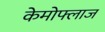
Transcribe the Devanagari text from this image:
केमोफ्लाज